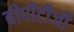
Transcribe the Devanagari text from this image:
बीपीटीजी